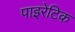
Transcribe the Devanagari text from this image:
पाइरेटिक